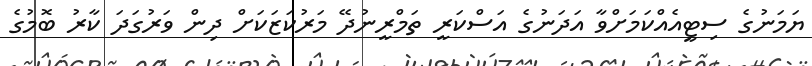
ޔަމަނުގެ ސިޓީއެއްކަމަށްވާ އަދަނުގެ އަސްކަރީ ތަމްރީނުދޭ މަރުކަޒަކަށް ދިން ވަރުގަދަ ކާރު ބޮމުގެ